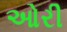
ઓરી